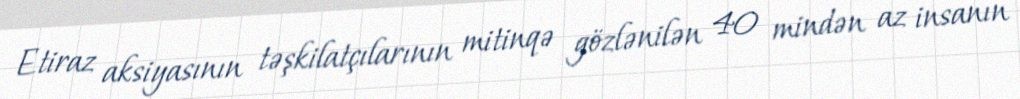
Etiraz aksiyasının təşkilatçılarının mitinqə gözlənilən 40 mindən az insanın